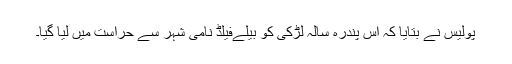
پولیس نے بتایا کہ اس پندرہ سالہ لڑکی کو بیلےفَیلڈ نامی شہر سے حراست میں لیا گیا۔